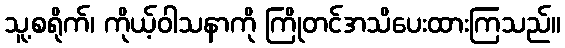
သူ့စရိုက်၊ ကိုယ့်ဝါသနာကို ကြိုတင်အသိပေးထားကြသည်။